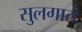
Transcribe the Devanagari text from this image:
सुलगाते